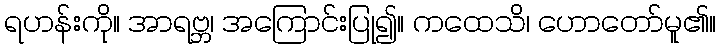
ရဟန်းကို။ အာရဗ္ဘ၊ အကြောင်းပြု၍။ ကထေသိ၊ ဟောတော်မူ၏။